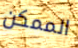
الممكن